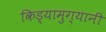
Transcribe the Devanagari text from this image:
किड्यामुग्यानी